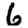
Digit: 6